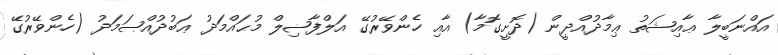
އައްނަބީލާ ޢާއިޝަތު ޢިމާދުއްދީން (ދޮށީގޮމާ) އާއި ހެންވޭރުގޭ އަލްފާޟިލް މުޙައްމަދު ޢަބުދުއްޞަމަދު (ހެންވޭރުގޭ